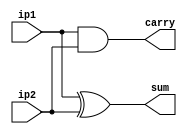
`timescale 1ns / 1ps
module half_adder(ip1,ip2,sum,carry);
  input ip1,ip2;
  output sum,carry;
  assign sum=ip1^ip2;
  assign carry=ip1&ip2;
endmodule